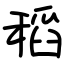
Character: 稻